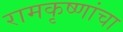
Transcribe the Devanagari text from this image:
रामकृष्णांचा